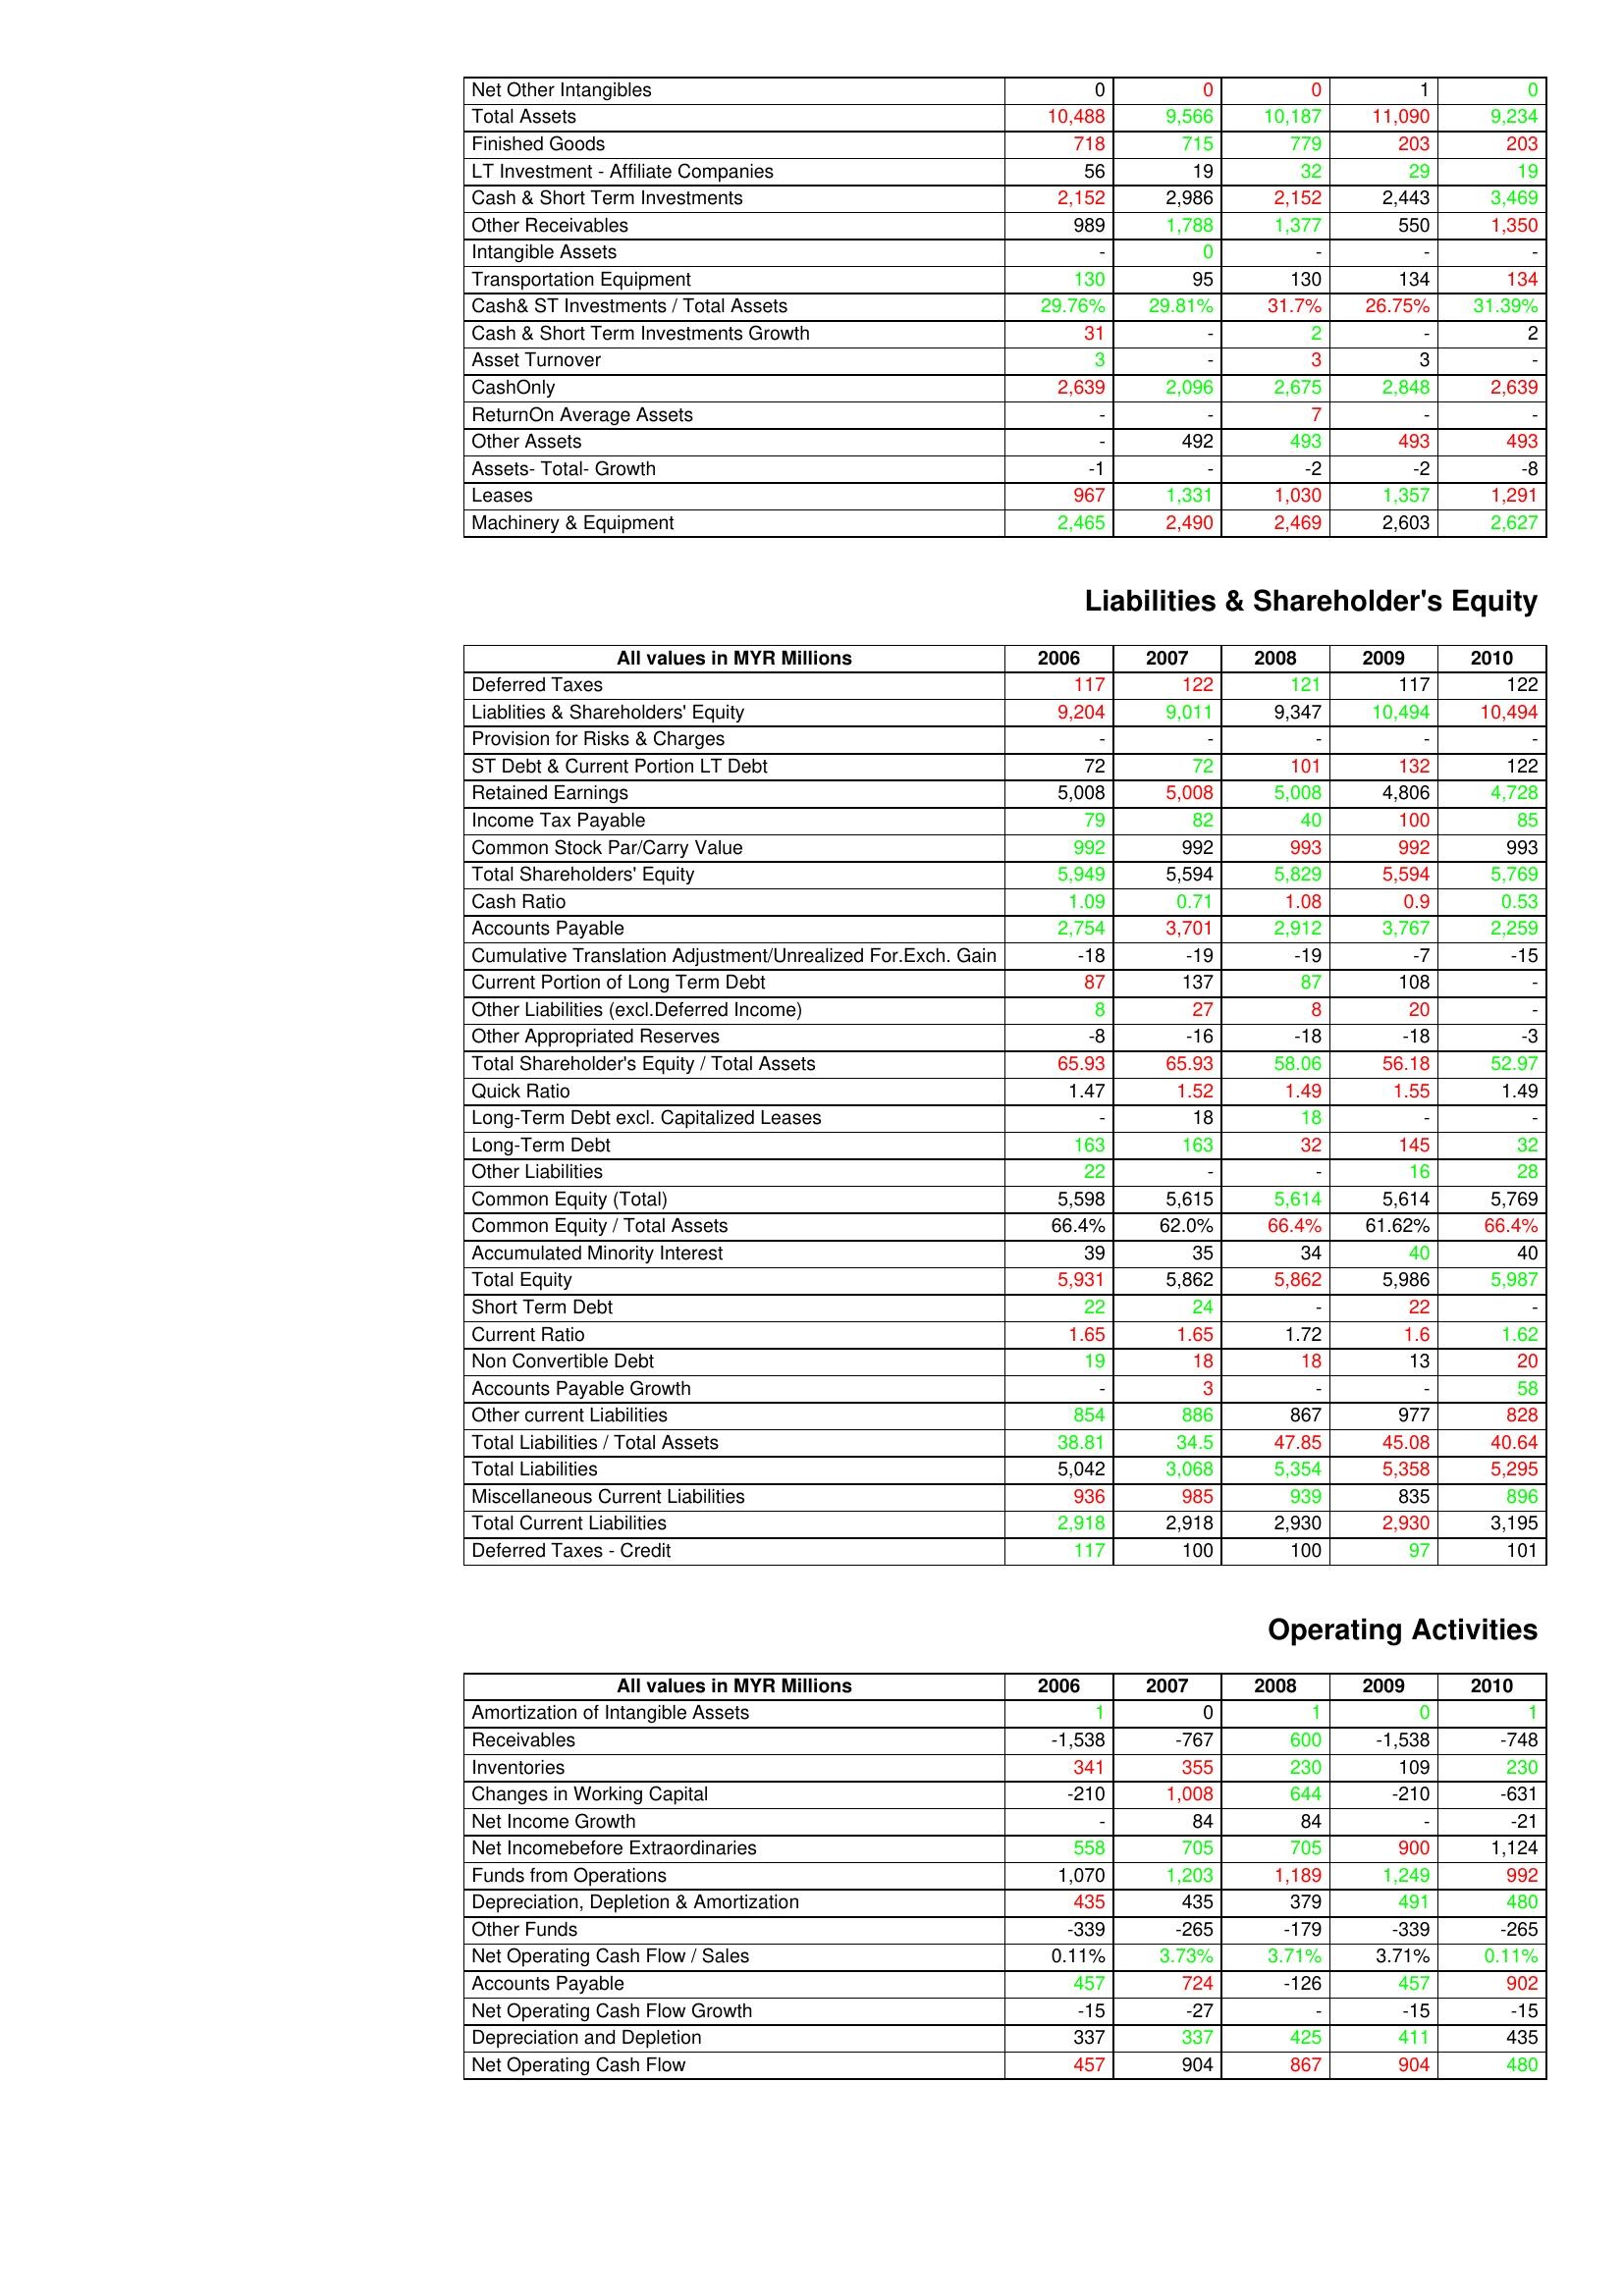
gt_parse: 2006: Assets: Net Other Intangibles: 0
Total Assets: 10,488
Finished Goods: 718
LT Investment - Affiliate Companies: 56
Cash & Short Term Investments: 2,152
Other Receivables: 989
Intangible Assets: -
Transportation Equipment: 130
Cash& ST Investments / Total Assets: 29.76%
Cash & Short Term Investments Growth: 31
Asset Turnover: 3
CashOnly: 2,639
ReturnOn Average Assets: -
Other Assets: -
Assets- Total- Growth: -1
Leases: 967
Machinery & Equipment: 2,465
Liabilities & Shareholder's Equity: Deferred Taxes: 117
Liablities & Shareholders' Equity: 9,204
Provision for Risks & Charges: -
ST Debt & Current Portion LT Debt: 72
Retained Earnings: 5,008
Income Tax Payable: 79
Common Stock Par/Carry Value: 992
Total Shareholders' Equity: 5,949
Cash Ratio: 1.09
Accounts Payable: 2,754
Cumulative Translation Adjustment/Unrealized For.Exch. Gain: -18
Current Portion of Long Term Debt: 87
Other Liabilities (excl.Deferred Income): 8
Other Appropriated Reserves: -8
Total Shareholder's Equity / Total Assets: 65.93
Quick Ratio: 1.47
Long-Term Debt excl. Capitalized Leases: -
Long-Term Debt: 163
Other Liabilities: 22
Common Equity (Total): 5,598
Common Equity / Total Assets: 66.4%
Accumulated Minority Interest: 39
Total Equity: 5,931
Short Term Debt: 22
Current Ratio: 1.65
Non Convertible Debt: 19
Accounts Payable Growth: -
Other current Liabilities: 854
Total Liabilities / Total Assets: 38.81
Total Liabilities: 5,042
Miscellaneous Current Liabilities: 936
Total Current Liabilities: 2,918
Deferred Taxes - Credit: 117
Operating Activities: Amortization of Intangible Assets: 1
Receivables: -1,538
Inventories: 341
Changes in Working Capital: -210
Net Income Growth: -
Net Incomebefore Extraordinaries: 558
Funds from Operations: 1,070
Depreciation, Depletion & Amortization: 435
Other Funds: -339
Net Operating Cash Flow / Sales: 0.11%
Accounts Payable: 457
Net Operating Cash Flow Growth: -15
Depreciation and Depletion: 337
Net Operating Cash Flow: 457
2007: Assets: Net Other Intangibles: 0
Total Assets: 9,566
Finished Goods: 715
LT Investment - Affiliate Companies: 19
Cash & Short Term Investments: 2,986
Other Receivables: 1,788
Intangible Assets: 0
Transportation Equipment: 95
Cash& ST Investments / Total Assets: 29.81%
Cash & Short Term Investments Growth: -
Asset Turnover: -
CashOnly: 2,096
ReturnOn Average Assets: -
Other Assets: 492
Assets- Total- Growth: -
Leases: 1,331
Machinery & Equipment: 2,490
Liabilities & Shareholder's Equity: Deferred Taxes: 122
Liablities & Shareholders' Equity: 9,011
Provision for Risks & Charges: -
ST Debt & Current Portion LT Debt: 72
Retained Earnings: 5,008
Income Tax Payable: 82
Common Stock Par/Carry Value: 992
Total Shareholders' Equity: 5,594
Cash Ratio: 0.71
Accounts Payable: 3,701
Cumulative Translation Adjustment/Unrealized For.Exch. Gain: -19
Current Portion of Long Term Debt: 137
Other Liabilities (excl.Deferred Income): 27
Other Appropriated Reserves: -16
Total Shareholder's Equity / Total Assets: 65.93
Quick Ratio: 1.52
Long-Term Debt excl. Capitalized Leases: 18
Long-Term Debt: 163
Other Liabilities: -
Common Equity (Total): 5,615
Common Equity / Total Assets: 62.0%
Accumulated Minority Interest: 35
Total Equity: 5,862
Short Term Debt: 24
Current Ratio: 1.65
Non Convertible Debt: 18
Accounts Payable Growth: 3
Other current Liabilities: 886
Total Liabilities / Total Assets: 34.5
Total Liabilities: 3,068
Miscellaneous Current Liabilities: 985
Total Current Liabilities: 2,918
Deferred Taxes - Credit: 100
Operating Activities: Amortization of Intangible Assets: 0
Receivables: -767
Inventories: 355
Changes in Working Capital: 1,008
Net Income Growth: 84
Net Incomebefore Extraordinaries: 705
Funds from Operations: 1,203
Depreciation, Depletion & Amortization: 435
Other Funds: -265
Net Operating Cash Flow / Sales: 3.73%
Accounts Payable: 724
Net Operating Cash Flow Growth: -27
Depreciation and Depletion: 337
Net Operating Cash Flow: 904
2008: Assets: Net Other Intangibles: 0
Total Assets: 10,187
Finished Goods: 779
LT Investment - Affiliate Companies: 32
Cash & Short Term Investments: 2,152
Other Receivables: 1,377
Intangible Assets: -
Transportation Equipment: 130
Cash& ST Investments / Total Assets: 31.7%
Cash & Short Term Investments Growth: 2
Asset Turnover: 3
CashOnly: 2,675
ReturnOn Average Assets: 7
Other Assets: 493
Assets- Total- Growth: -2
Leases: 1,030
Machinery & Equipment: 2,469
Liabilities & Shareholder's Equity: Deferred Taxes: 121
Liablities & Shareholders' Equity: 9,347
Provision for Risks & Charges: -
ST Debt & Current Portion LT Debt: 101
Retained Earnings: 5,008
Income Tax Payable: 40
Common Stock Par/Carry Value: 993
Total Shareholders' Equity: 5,829
Cash Ratio: 1.08
Accounts Payable: 2,912
Cumulative Translation Adjustment/Unrealized For.Exch. Gain: -19
Current Portion of Long Term Debt: 87
Other Liabilities (excl.Deferred Income): 8
Other Appropriated Reserves: -18
Total Shareholder's Equity / Total Assets: 58.06
Quick Ratio: 1.49
Long-Term Debt excl. Capitalized Leases: 18
Long-Term Debt: 32
Other Liabilities: -
Common Equity (Total): 5,614
Common Equity / Total Assets: 66.4%
Accumulated Minority Interest: 34
Total Equity: 5,862
Short Term Debt: -
Current Ratio: 1.72
Non Convertible Debt: 18
Accounts Payable Growth: -
Other current Liabilities: 867
Total Liabilities / Total Assets: 47.85
Total Liabilities: 5,354
Miscellaneous Current Liabilities: 939
Total Current Liabilities: 2,930
Deferred Taxes - Credit: 100
Operating Activities: Amortization of Intangible Assets: 1
Receivables: 600
Inventories: 230
Changes in Working Capital: 644
Net Income Growth: 84
Net Incomebefore Extraordinaries: 705
Funds from Operations: 1,189
Depreciation, Depletion & Amortization: 379
Other Funds: -179
Net Operating Cash Flow / Sales: 3.71%
Accounts Payable: -126
Net Operating Cash Flow Growth: -
Depreciation and Depletion: 425
Net Operating Cash Flow: 867
2009: Assets: Net Other Intangibles: 1
Total Assets: 11,090
Finished Goods: 203
LT Investment - Affiliate Companies: 29
Cash & Short Term Investments: 2,443
Other Receivables: 550
Intangible Assets: -
Transportation Equipment: 134
Cash& ST Investments / Total Assets: 26.75%
Cash & Short Term Investments Growth: -
Asset Turnover: 3
CashOnly: 2,848
ReturnOn Average Assets: -
Other Assets: 493
Assets- Total- Growth: -2
Leases: 1,357
Machinery & Equipment: 2,603
Liabilities & Shareholder's Equity: Deferred Taxes: 117
Liablities & Shareholders' Equity: 10,494
Provision for Risks & Charges: -
ST Debt & Current Portion LT Debt: 132
Retained Earnings: 4,806
Income Tax Payable: 100
Common Stock Par/Carry Value: 992
Total Shareholders' Equity: 5,594
Cash Ratio: 0.9
Accounts Payable: 3,767
Cumulative Translation Adjustment/Unrealized For.Exch. Gain: -7
Current Portion of Long Term Debt: 108
Other Liabilities (excl.Deferred Income): 20
Other Appropriated Reserves: -18
Total Shareholder's Equity / Total Assets: 56.18
Quick Ratio: 1.55
Long-Term Debt excl. Capitalized Leases: -
Long-Term Debt: 145
Other Liabilities: 16
Common Equity (Total): 5,614
Common Equity / Total Assets: 61.62%
Accumulated Minority Interest: 40
Total Equity: 5,986
Short Term Debt: 22
Current Ratio: 1.6
Non Convertible Debt: 13
Accounts Payable Growth: -
Other current Liabilities: 977
Total Liabilities / Total Assets: 45.08
Total Liabilities: 5,358
Miscellaneous Current Liabilities: 835
Total Current Liabilities: 2,930
Deferred Taxes - Credit: 97
Operating Activities: Amortization of Intangible Assets: 0
Receivables: -1,538
Inventories: 109
Changes in Working Capital: -210
Net Income Growth: -
Net Incomebefore Extraordinaries: 900
Funds from Operations: 1,249
Depreciation, Depletion & Amortization: 491
Other Funds: -339
Net Operating Cash Flow / Sales: 3.71%
Accounts Payable: 457
Net Operating Cash Flow Growth: -15
Depreciation and Depletion: 411
Net Operating Cash Flow: 904
2010: Assets: Net Other Intangibles: 0
Total Assets: 9,234
Finished Goods: 203
LT Investment - Affiliate Companies: 19
Cash & Short Term Investments: 3,469
Other Receivables: 1,350
Intangible Assets: -
Transportation Equipment: 134
Cash& ST Investments / Total Assets: 31.39%
Cash & Short Term Investments Growth: 2
Asset Turnover: -
CashOnly: 2,639
ReturnOn Average Assets: -
Other Assets: 493
Assets- Total- Growth: -8
Leases: 1,291
Machinery & Equipment: 2,627
Liabilities & Shareholder's Equity: Deferred Taxes: 122
Liablities & Shareholders' Equity: 10,494
Provision for Risks & Charges: -
ST Debt & Current Portion LT Debt: 122
Retained Earnings: 4,728
Income Tax Payable: 85
Common Stock Par/Carry Value: 993
Total Shareholders' Equity: 5,769
Cash Ratio: 0.53
Accounts Payable: 2,259
Cumulative Translation Adjustment/Unrealized For.Exch. Gain: -15
Current Portion of Long Term Debt: -
Other Liabilities (excl.Deferred Income): -
Other Appropriated Reserves: -3
Total Shareholder's Equity / Total Assets: 52.97
Quick Ratio: 1.49
Long-Term Debt excl. Capitalized Leases: -
Long-Term Debt: 32
Other Liabilities: 28
Common Equity (Total): 5,769
Common Equity / Total Assets: 66.4%
Accumulated Minority Interest: 40
Total Equity: 5,987
Short Term Debt: -
Current Ratio: 1.62
Non Convertible Debt: 20
Accounts Payable Growth: 58
Other current Liabilities: 828
Total Liabilities / Total Assets: 40.64
Total Liabilities: 5,295
Miscellaneous Current Liabilities: 896
Total Current Liabilities: 3,195
Deferred Taxes - Credit: 101
Operating Activities: Amortization of Intangible Assets: 1
Receivables: -748
Inventories: 230
Changes in Working Capital: -631
Net Income Growth: -21
Net Incomebefore Extraordinaries: 1,124
Funds from Operations: 992
Depreciation, Depletion & Amortization: 480
Other Funds: -265
Net Operating Cash Flow / Sales: 0.11%
Accounts Payable: 902
Net Operating Cash Flow Growth: -15
Depreciation and Depletion: 435
Net Operating Cash Flow: 480